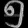
Digit: ၅